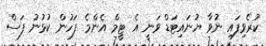
ކުރެވިފައި ނުވާ ޔުނައިޓަޑް ވަނީ އެ ޓީމް އެންމެ ފަހުން ކުޅުނު ފަސް